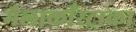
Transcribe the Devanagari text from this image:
मैलाकाँस्ट्राका